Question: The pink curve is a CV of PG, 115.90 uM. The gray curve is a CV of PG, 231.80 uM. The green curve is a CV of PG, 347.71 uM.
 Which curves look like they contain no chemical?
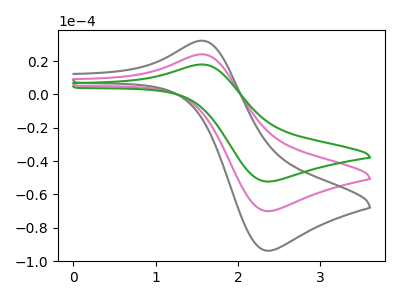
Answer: <think>The pink curve "PG, 115.90 uM" has an anodic peak at (1.55V, 24.10uA) and a cathodic peak at (2.35V, -70.05uA). The gray curve "PG, 231.80 uM" has an anodic peak at (1.55V, 32.25uA) and a cathodic peak at (2.35V, -93.85uA). The green curve "PG, 347.71 uM" has an anodic peak at (1.55V, 48.20uA) and a cathodic peak at (2.35V, -140.10uA).</think>
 <answer>There are not any CV's on this graph that are likely to be blanks.</answer>
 <eval>none</eval>